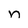
Character: n